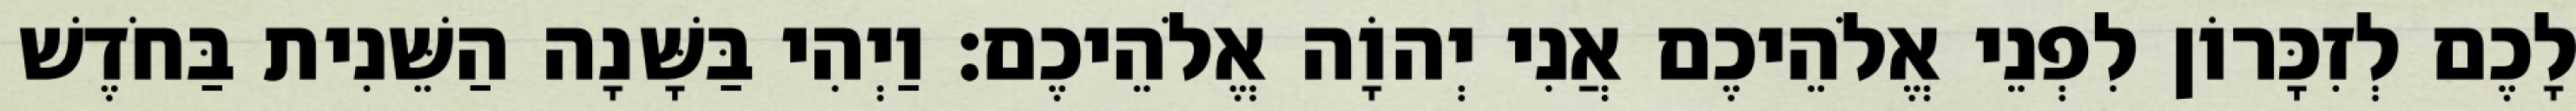
לָכֶם לְזִכָּרוֹן לִפְנֵי אֱלֹהֵיכֶם אֲנִי יְהוָֹה אֱלֹהֵיכֶם׃ וַיְהִי בַּשָּׁנָה הַשֵּׁנִית בַּחֹדֶשׁ